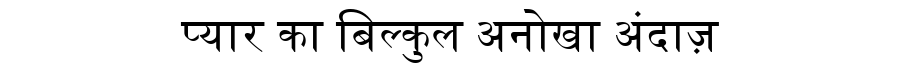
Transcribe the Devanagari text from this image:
प्यार का बिल्कुल अनोखा अंदाज़